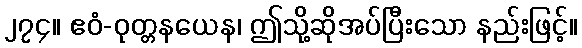
၂၇၄။ ဧဝံ-ဝုတ္တနယေန၊ ဤသို့ဆိုအပ်ပြီးသော နည်းဖြင့်။